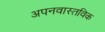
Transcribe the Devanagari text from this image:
अपनवास्तविक